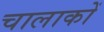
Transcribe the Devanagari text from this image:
चालाकों